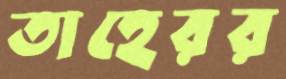
তাহেরর